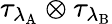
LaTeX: \tau_{\lambda_{\mathrm{A}}}\otimes\tau_{\lambda_{\mathrm{B}}}